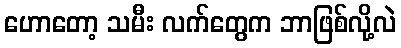
ဟောတော့ သမီး လက်တွေက ဘာဖြစ်လို့လဲ